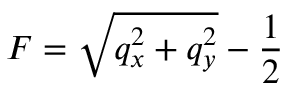
F = \sqrt { \smash [ b ] { q _ { x } ^ { 2 } + q _ { y } ^ { 2 } } } - \frac 1 2